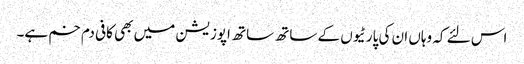
اس لئے کہ وہاں ان کی پارٹیوں کے ساتھ ساتھ اپوزیشن میں بھی کافی دم خم ہے۔